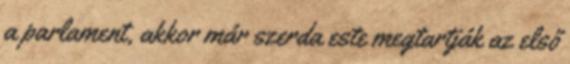
a parlament, akkor már szerda este megtartják az első